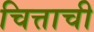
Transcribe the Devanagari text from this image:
चित्ताची